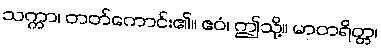
သက္ကာ၊ တတ်ကောင်း၏။ ဧဝံ၊ ဤသို့။ မာတရိတ္တ၊